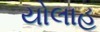
યોલાહ